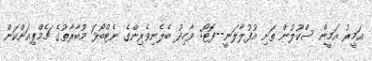
އަމީރު އަމީން ސްކޫލުން ތަށި އުފުލާލަނީ--ފޮޓޯ: ވާހިދު ބެލެނިވެރިންގެ ނެޓްބޯޅަ މުބާރާތުގެ ޗެމްޕިއަންކަން